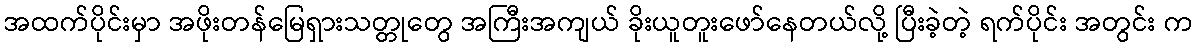
အထက်ပိုင်းမှာ အဖိုးတန်မြေရှားသတ္တုတွေ အကြီးအကျယ် ခိုးယူတူးဖော်နေတယ်လို့ ပြီးခဲ့တဲ့ ရက်ပိုင်း အတွင်း က